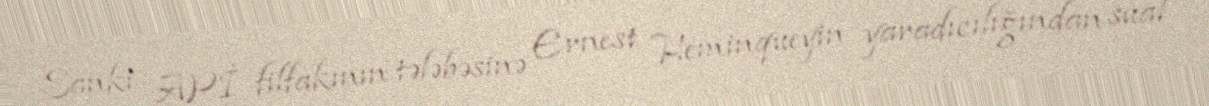
Sanki APİ filfakının tələbəsinə Ernest Heminqueyin yaradıcılığından sual